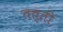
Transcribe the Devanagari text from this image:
तत्ती